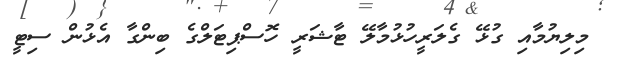
މިލިޔުމާއި ގުޅޭ ގެލަރީހުޅުމާލޭ ޓާޝަރީ ހޮސްޕިޓަލްގެ ބިންގާ އެޅުން ސިޓީ